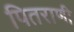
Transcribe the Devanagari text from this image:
पितराणी